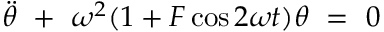
\Ddot { \theta } \ + \ \omega ^ { 2 } ( 1 + F \cos 2 \omega t ) \theta \ = \ 0